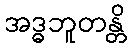
အဒ္ဓဘူတန္တိ